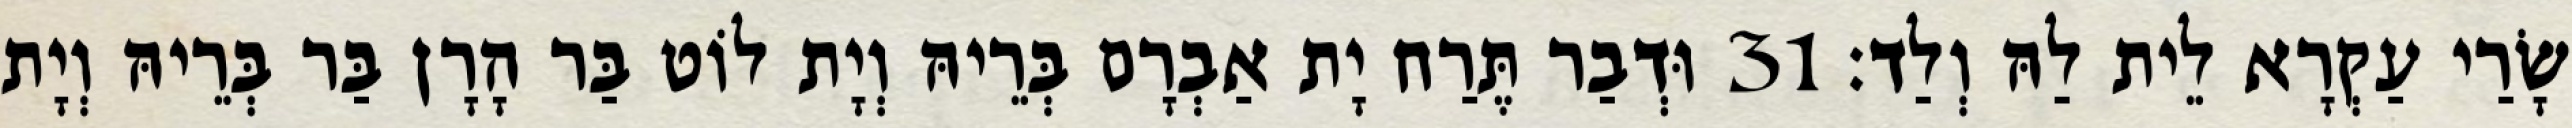
שָׂרַי עַקְרָא לֵית לַהּ וְלַד׃ 31 וּדְבַר תֶּרַח יָת אַבְרָם בְּרֵיהּ וְיָת לוֹט בַּר הָרָן בַּר בְּרֵיהּ וְיָת